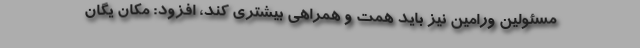
مسئولین ورامین نیز باید همت و همراهی بیشتری کند، افزود: مکان یگان